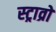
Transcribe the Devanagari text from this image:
स्ट्राव्रो